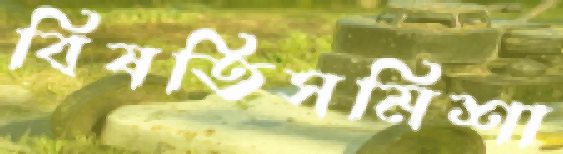
বিষতিসমিশা